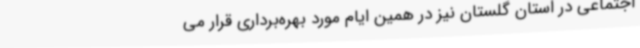
اجتماعی در استان گلستان نیز در همین ایام مورد بهره‌برداری قرار می